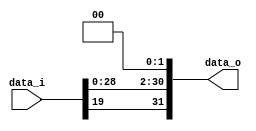

module Shift_Left_Two_32(
    data_i,
    data_o
    );

//I/O ports
input [32-1:0] data_i;
output [32-1:0] data_o;
assign data_o[0]=0;
assign data_o[1]=0;
assign data_o[2]=data_i[0];
assign data_o[3]=data_i[1];
assign data_o[4]=data_i[2];
assign data_o[5]=data_i[3];
assign data_o[6]=data_i[4];
assign data_o[7]=data_i[5];
assign data_o[8]=data_i[6];
assign data_o[9]=data_i[7];
assign data_o[10]=data_i[8];
assign data_o[11]=data_i[9];
assign data_o[12]=data_i[10];
assign data_o[13]=data_i[11];
assign data_o[14]=data_i[12];
assign data_o[15]=data_i[13];
assign data_o[16]=data_i[14];
assign data_o[17]=data_i[15];
assign data_o[18]=data_i[16];
assign data_o[19]=data_i[17];
assign data_o[20]=data_i[18];
assign data_o[21]=data_i[19];
assign data_o[22]=data_i[20];
assign data_o[23]=data_i[21];
assign data_o[24]=data_i[22];
assign data_o[25]=data_i[23];
assign data_o[26]=data_i[24];
assign data_o[27]=data_i[25];
assign data_o[28]=data_i[26];
assign data_o[29]=data_i[27];
assign data_o[30]=data_i[28];
assign data_o[31]=data_i[19];

endmodule